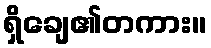
ရှိချေ၏တကား။